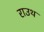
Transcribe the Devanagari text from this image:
राउथ